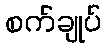
စက်ချုပ်